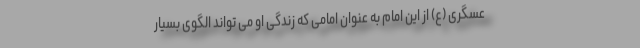
عسگری (ع) از این امام به عنوان امامی که زندگی او می تواند الگوی بسیار